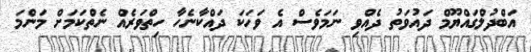
އަބްދުލްގައްޔޫމް ދައުވަތު ދެއްވި ނަމަވެސް އެ ވަހަކަ ދައްކާނެހާ ހިތްވަރެއް ނެތްކަމަށް މަންމަ